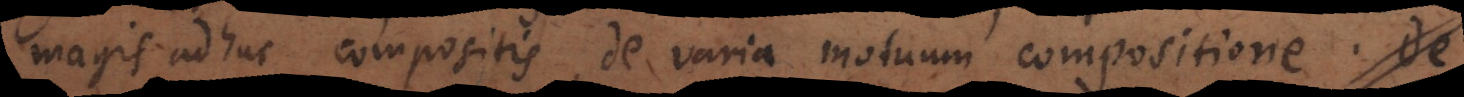
magis adhuc compositis, de varia motuum compositione. De